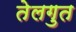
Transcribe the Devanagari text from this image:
तेलगुत